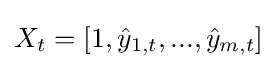
X_{t}=[1,{\hat {y}}_{1,t},...,{\hat {y}}_{m,t}]